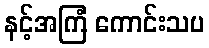
နင့်အကြံ ကောင်းသပ